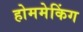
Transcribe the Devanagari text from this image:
होममेकिंग